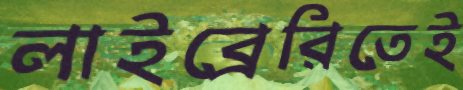
লাইব্রেরিতেই